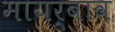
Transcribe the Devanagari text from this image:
मायर्बाव